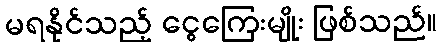
မရနိုင်သည့် ငွေကြေးမျိုး ဖြစ်သည်။